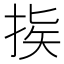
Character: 𢭠